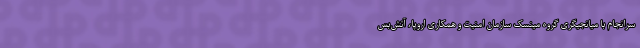
سرانجام با میانجیگری گروه مینسک سازمان امنیت و همکاری اروپا، آتش‌بس